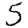
Digit: 5